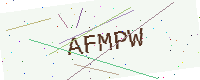
Text: AFMPW